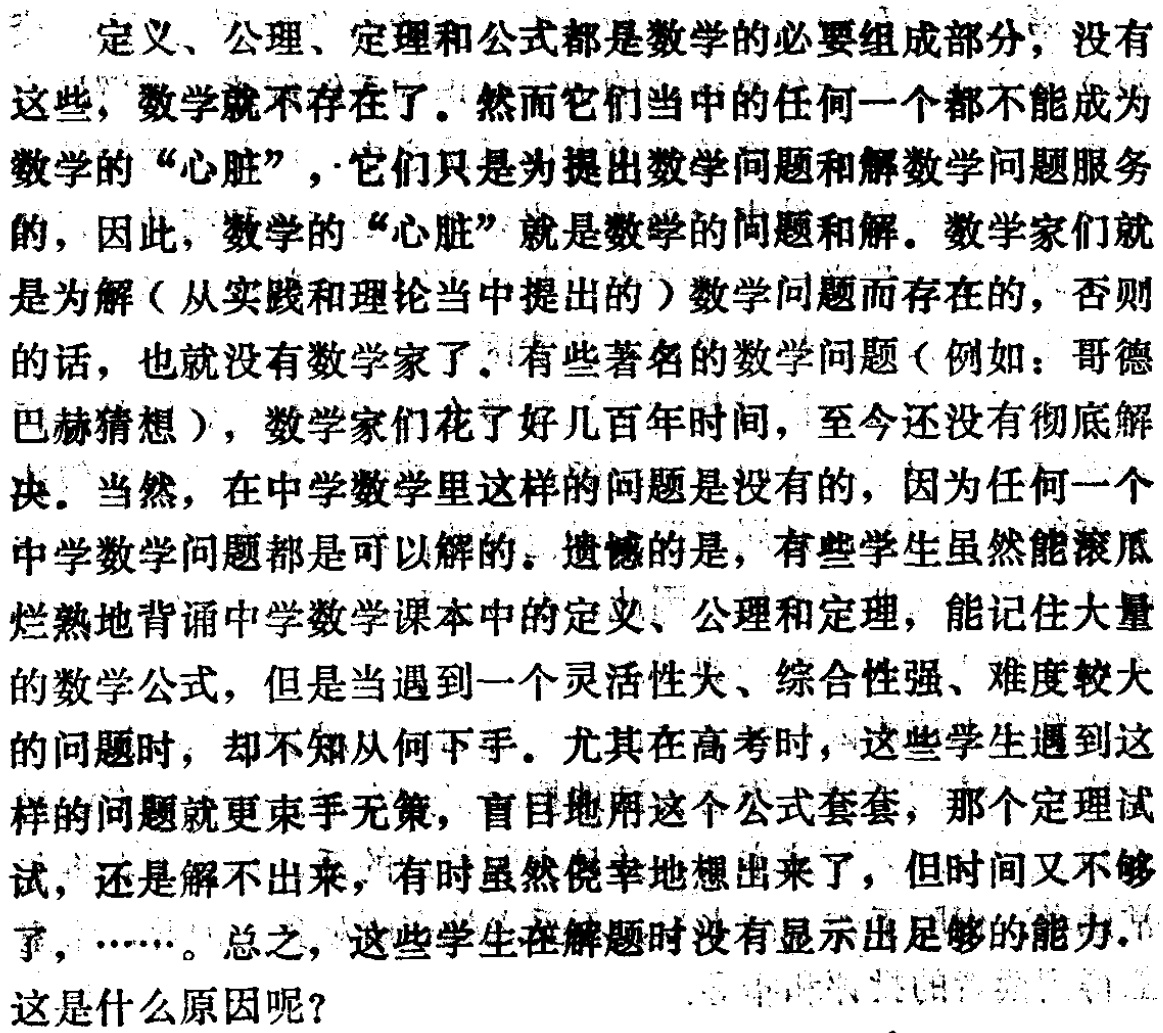
定义、公理、定理和公式都是数学的必要组成部分，没有这些，数学就不存在了。然而它们当中的任何一个都不能成为数学的“心脏”，它们只是为提出数学问题和解数学问题服务的，因此，数学的“心脏”就是数学的问题和解。数学家们就是为解（从实践和理论当中提出的）数学问题而存在的，否则的话，也就没有数学家了。有些著名的数学问题（例如：哥德巴赫猜想），数学家们花了好几百年时间，至今还没有彻底解决。当然，在中学数学里这样的问题是没有的，因为任何一个中学数学问题都是可以解的。遗憾的是，有些学生虽然能滚瓜烂熟 地背诵中学数学课本中的定义、公理和定理，能记住大量的数学公式，但是当遇到一个灵活性大、综合性强、难度较大的问题时，却不知从何下手。尤其在高考时，这些学生遇到这样的问题就更束手无策，盲目地用这个公式套套，那个定理试试，还是解不出来，有时虽然侥幸地想出来了，但时间又不够了，……。总之，这些学生在解题时没有显示出足够的能力。这是什么原因呢？